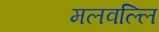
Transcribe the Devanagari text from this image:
मलवल्लि